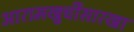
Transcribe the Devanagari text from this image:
आरामखुर्चीसारखा